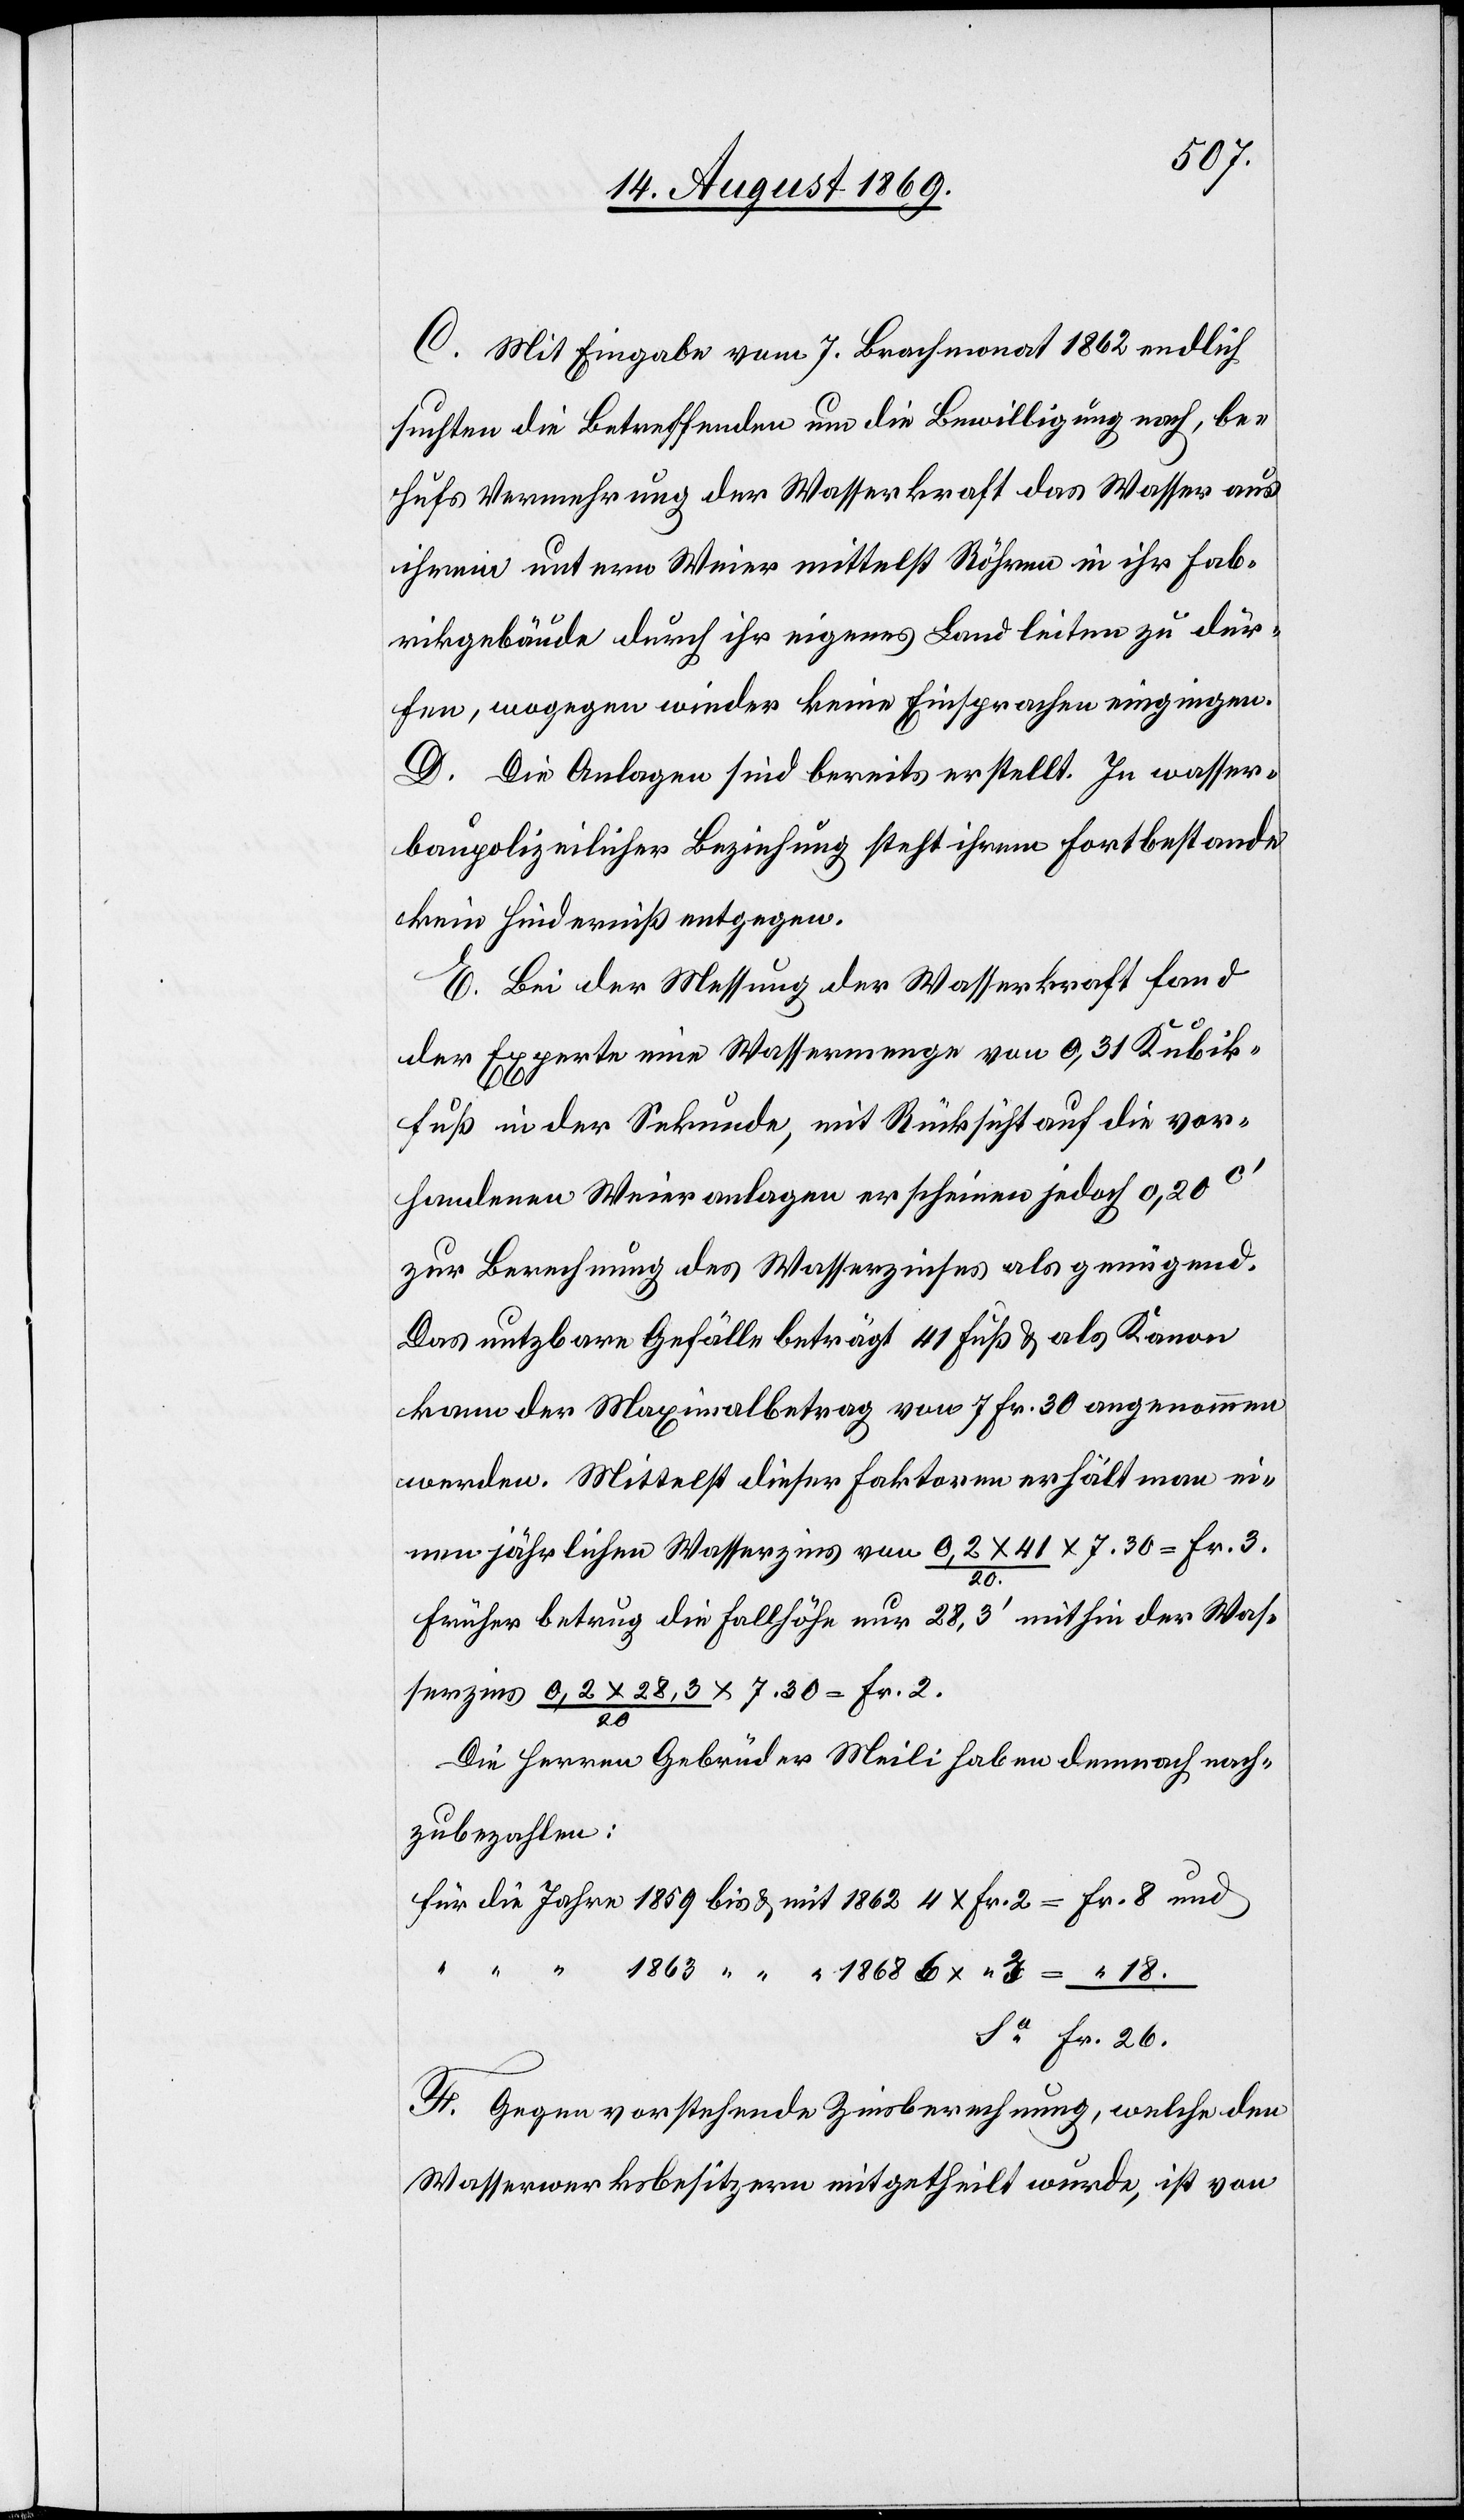
C. Mit Eingabe vom 7. Brachmonat 1862 endlich
suchten die Betreffenden um die Bewilligung nach, be¬
hufs Vermehrung der Wasserkraft das Wasser aus
ihrem untern Weier mittelst Röhren in ihr Fab¬
rikgebäude durch ihr eigenes Land leiten zu dür¬
fen, wogegen wieder keine Einsprachen eingingen.
D. Die Anlagen sind bereits erstellt. In wasser¬
baupolizeilicher Beziehung steht ihrem Fortbestande
kein Hinderniß entgegen.
E. Bei der Messung der Wasserkraft fand
der Experte eine Wassermenge von 0,31 Kubik¬
fuß in der Sekunde, mit Rücksicht auf die vor¬
handenen Weieranlagen erscheinen jedoch 0,20c‘
zur Berechnung des Wasserzinses als genügend.
Das nutzbare Gefälle beträgt 41 Fuß & als Kanon
kann der Maximalbetrag von 7 Fr. 30 angenommen
werden. Mittelst dieser Faktoren erhält man ei¬
nen jährlichen Wasserzins von 0,2 x 41/20 x 7.30 = Fr. 3.
26.
Früher betrug die Fallhöhe nur 28,3‘ mithin der Was¬
serzins 0,2 x 28,3/20 x 7.30 = Fr. 2.
18.
Die Herren Gebrüder Meili haben demnach nach¬
zubezahlen:
F. Gegen vorstehende Zinsberechnung, welche den
Wasserwerksbesitzern mitgetheilt wurde, ist von